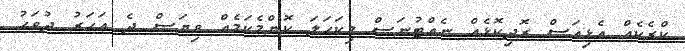
ކްރެކެއް އެޅިއަސް ރޮދިކޮޅެއް ނެއްޓުނަސް މިކަހަލަ ކޮންމެކަމެއް ވިޔަސް ދެ އަހަރު ދުވަހު